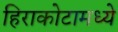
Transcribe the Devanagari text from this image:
हिराकोटामध्ये